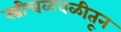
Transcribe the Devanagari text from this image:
स्त्रीचळवळीतून